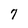
Character: 7